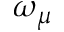
\omega _ { \mu }